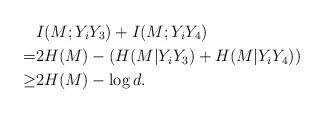
LaTeX: \begin{align*}&I(M; Y_i Y_3)+I(M; Y_i Y_4) \\=& 2 H(M) - (H(M| Y_i Y_3)+H(M| Y_i Y_4)) \\\ge & 2 H(M) - \log d.\end{align*}